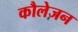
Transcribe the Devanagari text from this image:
कौलेजन